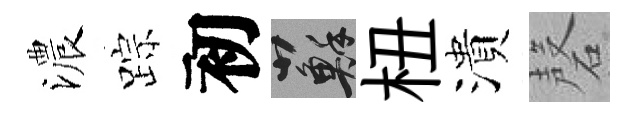
濃踪初蘇杻潰磬